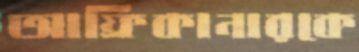
আফ্রিকানারকে